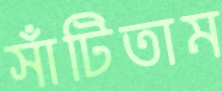
সাঁটিতাম